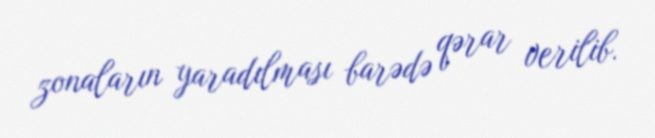
zonaların yaradılması barədə qərar verilib.